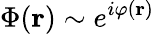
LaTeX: \Phi(\mathbf{r})\sim e^{i\varphi(\mathbf{r})}